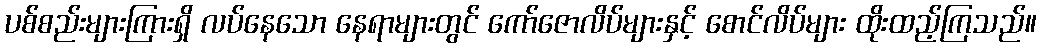
ပစ်စည်းများကြားရှိ လပ်နေသော နေရာများတွင် ကော်ဇောလိပ်များနှင့် စောင်လိပ်များ ထိုးထည့်ကြသည်။